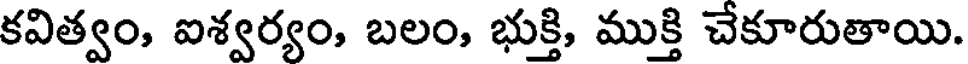
కవిత్వం, ఐశ్వర్యం, బలం, భుక్తి, ముక్తి చేకూరుతాయి.